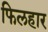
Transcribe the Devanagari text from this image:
फिलहार